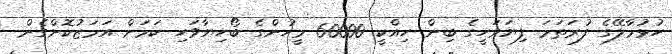
ހުޅުމާލޭގެ ފުރަތަމަ ފިޔަވަހީގެ ބިން ހިއްކީ 60000 މީހުންގެ ބޯހިޔާވަހި ކަމަށް އަމަޒުކޮށްގެން